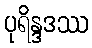
ပုရိန္ဒဒဿ